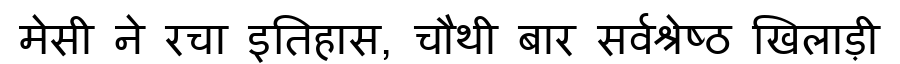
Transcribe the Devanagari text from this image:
मेसी ने रचा इतिहास, चौथी बार सर्वश्रेष्ठ खिलाड़ी